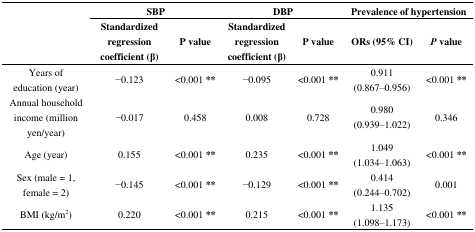
<table><thead><tr><td></td><td colspan="2"><b>SBP</b></td><td colspan="2"><b>DBP </b></td><td colspan="2"><b>Prevalence of hypertension</b></td></tr><tr><td></td><td><b>Standardized regression coefficient (β)</b></td><td><b>P value</b></td><td><b>Standardized regression coefficient (β)</b></td><td><b>P value</b></td><td><b>ORs (95% CI)</b></td><td><b><i>P</i> value</b></td></tr></thead><tbody><tr><td>Years of education (year)</td><td>−0.123</td><td>&lt;0.001 **</td><td>−0.095</td><td>&lt;0.001 **</td><td>0.911 (0.867–0.956)</td><td>&lt;0.001 **</td></tr><tr><td>Annual household income (million yen/year)</td><td>−0.017</td><td>0.458</td><td>0.008</td><td>0.728</td><td>0.980 (0.939–1.022)</td><td>0.346</td></tr><tr><td>Age (year)</td><td>0.155</td><td>&lt;0.001 **</td><td>0.235</td><td>&lt;0.001 **</td><td>1.049 (1.034–1.063)</td><td>&lt;0.001 **</td></tr><tr><td>Sex (male = 1, female = 2)</td><td>−0.145</td><td>&lt;0.001 **</td><td>−0.129</td><td>&lt;0.001 **</td><td>0.414 (0.244–0.702)</td><td>0.001</td></tr><tr><td>BMI (kg/m<sup>2</sup>)</td><td>0.220</td><td>&lt;0.001 **</td><td>0.215</td><td>&lt;0.001 **</td><td>1.135 (1.098–1.173)</td><td>&lt;0.001 **</td></tr></tbody></table>